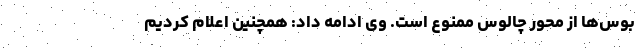
بوس‌ها از محور چالوس ممنوع است. وی ادامه داد: همچنین اعلام کردیم